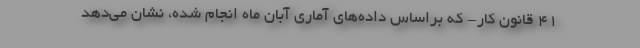
۴۱ قانون کار- که براساس داده‌های آماری آبان ماه انجام شده، نشان می‌دهد